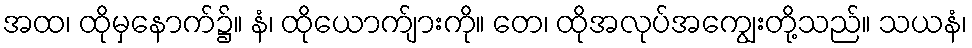
အထ၊ ထိုမှနောက်၌။ နံ၊ ထိုယောက်ျားကို။ တေ၊ ထိုအလုပ်အကျွေးတို့သည်။ သယနံ၊